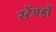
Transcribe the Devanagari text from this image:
स्टेंण्डों